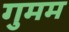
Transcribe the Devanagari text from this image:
गुमम